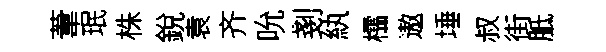
葦珉株銳袁齐吮剗紈櫺遨埵叔街胝